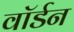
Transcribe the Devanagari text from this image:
वॉर्डन